Report on sanitation, dispensaries, and jails in Rajputana for 1921, and on vaccination for the year 1921-1922 - 1921-1922
Year: 1921
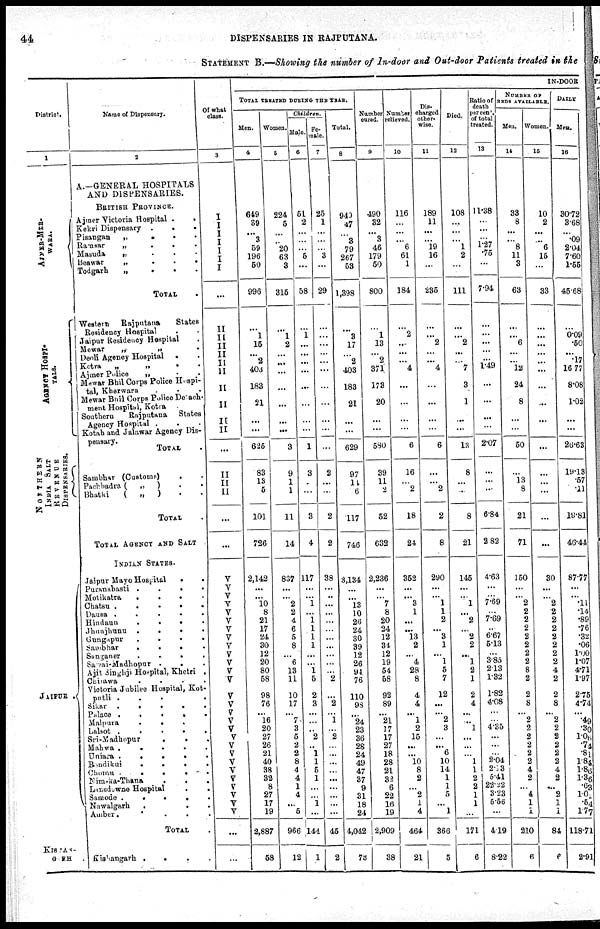
44
DISPENSARIES IN RAJPUTANA.
STATEMENT B.—Showing the number of In-door and Out-door Patients treated in the
District.
1
AJMER-MER¬
WARA.
AGENCY HOSPI¬
-----
NORTHERN
INDIA SALT
DISPENSARIES.
JAIPUR.
KISHAN¬
GARH.
Name of Dispensary.
2
A.—GENERAL HOSPITALS
AND DISPENSARIES.
BRITISH PROVINCE.
Ajmer Victoria Hospital..
Kekri Dispensary...
Pisangan
„
.
.
.
Ramsar
„
.
.
.
Masuda
„
.
.
.
Beawar „ ...
Todgarh
„
.
.
.
TOTAL.
Western Rajputana
States
Residency Hospital..
Jaipur Residency Hospital.
Mewar
„
„ .
Deoli Agency Hospital..
Kotra
„
„
. .
Ajmer Police
„ ..
Mewar Bhil Corps Police Hospi-
tal, Kherwara...
Mewar Bhil Corps Police Detach¬
ment Hospital, Kotra..
Southern
Rajputana
States
Agency Hospital...
Kotah and Jalawar Agency Dis-
pensary.
TOTAL.
Sambhar (Customs)..
Pachbadra (
„
)
.
.
Bhatki
( „ )..
TOTAL.
TOTAL AGENCY AND SALT.
INDIAN STATES.
Jaipur Mayo Hospital..
Puranabasti....
Motikatra....
Chatsu.....
Dausa.....
Hindaun....
Jhunjhunu....
Gungapur....
Sambhar....
Sanganer....
Savai-Madhopur...
Ajit Singhji Hospital, Khetri.
Chirawa....
Victoria Jubilee Hospital, Kot¬
putli.....
Sikar.....
Palace.....
Malpura....
Lalsot.....
Sri-Madhopur...
Mahwa
Uniara.....
Bendikui....
Chomu.....
Nim-ka-Thana...
Lansdowne Hospital..
Samode.....
Nawalgarh....
Amber.....
TOTAL.
Kishangarh....
Of what
class.
3
I
I
I
I
I
I
I
...
II
II
II
II
II
II
II
II
II
II
...
II
II
II
...
...
V
V
V
V
V
V
V
V
V
V
V
V
V
V
V
V
V
V
V
V
V
V
V
V
V
V
V
V
...
...
IN-DOOR
TOTAL TREATED DURING THE YEAR.
Men.
4
649
39
...
3
59
196
50
996
...
1
15
...
2
403
183
21
...
...
625
83
13
5
101
726
2,142
...
...
10
8
21
17
24
30
12
20
80
58
98
76
...
16
20
27
26
21
40
38
32
8
27
17
19
2,887
58
Women.
5
224
5
...
...
20
63
3
315
...
1
2
...
...
...
...
...
...
...
3
9
1
1
11
14
837
...
...
2
2
4
6
5
8
...
6
13
11
10
17
...
7
3
5
2
2
8
4
4
1
4
...
5
966
12
Children.
Male.
6
51
2
...
...
...
5
...
58
...
1
...
...
...
...
...
...
...
...
1
3
...
...
3
4
117
...
...
1
...
1
1
1
1
...
...
1
5
2
3
...
...
...
2
...
1
1
5
1
...
...
1
...
144
1
Fe¬
male.
7
25
1
...
...
...
3
...
29
...
...
...
...
...
...
...
...
...
...
...
2
...
...
2
2
38
...
...
...
...
...
...
...
...
...
...
...
2
...
2
...
1
...
2
...
...
...
...
...
...
...
...
...
45
2
Total.
8
949
47
...
3
79
267
53
1,398
...
3
17
...
2
403
183
21
...
...
629
97
14
6
117
746
3,134
...
...
13
10
26
24
30
39
12
26
94
76
110
93
...
24
23
36
28
24
49
47
37
9
31
18
24
4,042
73
Number
cured.
9
490
32
...
3
46
179
50
800
...
1
13
...
2
371
173
20
...
...
580
39
11
2
52
632
2,236
...
...
7
8
20
24
12
34
12
19
54
58
92
89
...
21
17
17
27
18
28
21
32
6
22
16
19
2,909
38
Number
relieved.
10
116
...
...
...
6
61
1
184
...
2
...
...
...
4
...
...
...
...
6
16
...
2
18
24
352
...
...
3
1
...
...
13
2
...
4
28
8
4
4
...
1
2
15
...
...
10
8
2
...
2
1
4
464
21
Dis¬
charged
other-
wise.
11
189
11
...
...
19
16
...
235
...
...
2
...
...
4
...
...
...
...
6
...
...
2
2
8
290
...
...
1
1
2
...
3
1
...
1
5
7
12
...
...
2
3
...
...
6
10
14
1
1
5
...
1
366
5
Died.
12
108
...
...
...
1
2
...
111
...
...
2
...
...
7
3
1
...
...
13
8
...
...
8
21
145
...
...
1
...
2
...
2
2
...
1
2
1
2
4
...
...
1
...
...
...
1
1
2
2
1
1
...
171
6
Ratio of
death
per cent
of total
treated.
13
11.38
...
...
... 1.27
.75
...
7.94
...
...
...
...
...
1.49
...
...
...
...
2.07
...
...
...
6.84
2.82
4.63
...
...
7.69
...
7.69
...
6.67
5.13
...
385
2.13
1.32
1.82
4.08
...
...
4.35
...
...
...
2.04
2.63
5.41
22.32
3.23
5.56
...
4.19
8.22
NUMBER OF
BEDS AVAILABLE.
Men.
14
33
8
...
...
8
11
3
63
...
...
6
...
...
12
24
8
...
...
50
...
13
8
21
71
150
...
...
2
2
2
2
2
2
2
2
8
2
2
8
...
2
2
2
2
2
2
4
2
...
4
1
1
210
6
Women.
15
10
2
...
...
6
15
...
33
...
...
...
...
...
...
...
...
...
...
...
...
...
...
...
...
30
...
...
2
2
2
2
2
2
2
2
4
2
2
8
...
2
2
2
2
2
2
4
2
...
2
1
1
84
6
DAILY
Men.
16
30.72
3.68
...
.09
2.04
7.60
1.55
45.68
...
0.09
.50
...
.17
16.77
8.08
1.02
...
...
26.63
19.13
.57
.11
19.81
46.44
87.77
...
...
.11
.14
.89
.76
.32
.06
1.00
1.07
4.71
1.97
2.75
4.74
...
.49
.30
1.06
.74
.81
1.84
1.86
1.36
.63
1.02
.54
1.77
118.71
2.91